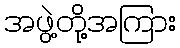
အဖွဲ့တို့အကြား